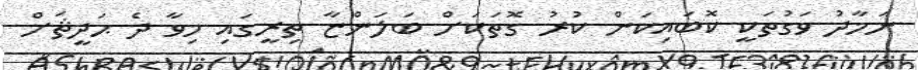
ނަމާދު ވަގުތަކީ ކޮބައިކަން ކުރު ގޮތަކަށް ބަލަންޏާ ތިރީގައި މިވާ ދެ ޙަދީޘަށް